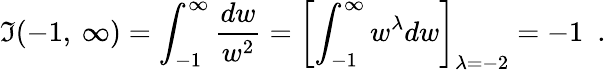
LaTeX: \mathfrak{I}(-1,\: \infty)=\int_{-1}^{\infty}\frac{{dw}}{{w^{2}}}=\left[\int_{-1}^{\infty}w^{\lambda}dw\right]_{\lambda=-2}=-1~~.